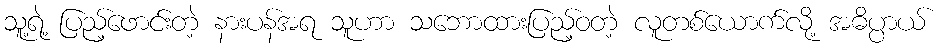
သူ့ရဲ့ ပြည့်ဖောင်းတဲ့ နားပန်အရ သူဟာ သဘောထားပြည့်ဝတဲ့ လူတစ်ယောက်လို့ အဓိပ္ပာယ်